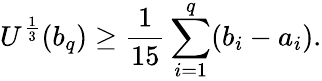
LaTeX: U^{\frac{1}{3}}(b_{q})\geq\frac{1}{15}\sum_{i=1}^{q}(b_{i}-a_{i}).